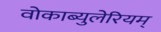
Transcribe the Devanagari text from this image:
वोकाब्युलेरियम्